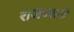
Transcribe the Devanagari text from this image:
राजध्धानी